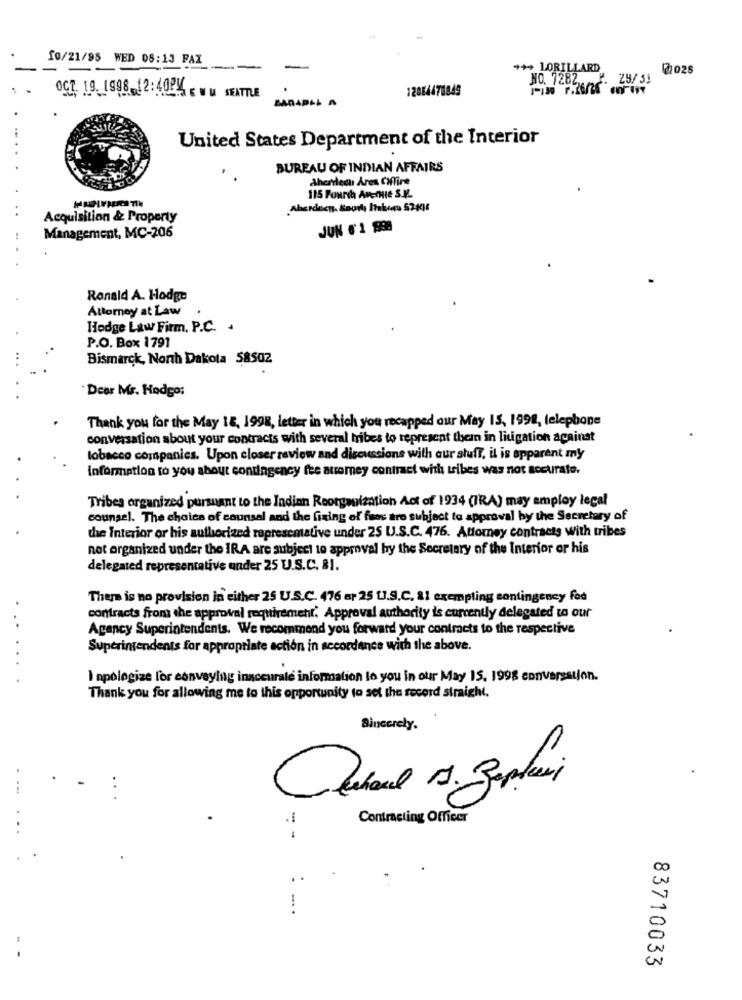
10/21/95 WED 08:13 FAX
++ LORILLARD
7 025
NO. 7282 ...
P. 29/51
12084471849
OCT. 19. 1998 12:40PM - WM SEATTLE
BARADLL A
United States Department of the Interior
BUREAU OF INDIAN AFFAIRS
Aherredh Ares Offire
115 Fourth Anenue S.K.
Acquisition & Property
JUN # 1 898
Management, MC-206
Ronald A. Hodge
Attomey at Law
Hodge Law Firm. P.C. .
P.O. Box 1791
Bismarck, North Dakota 58502
Dear Mr. Hodgo:
Thank you for the May 18, 1998, letter in which you recapped our May 15, 1998, telephone
conversation about your contracts with several tribes to represent thein in litigation against
tobacco companies. Upon closer review and discussions with aur stuff, il is apparent my
information to you about contingency fee atromey contract with tribes was not socurate.
Tribes organized pursuant to the Indian Reorganization Act of 1934 (IRA) may employ legal
counsel. The choice of counsel and the fixing of fres are subject to approval by the Secretary of
the Interior or his authorized represemative under 25 U.S.C. 476. Attorney contracts with tribes
not organized under the IRA are subject to approval hy the Secretary of the Interior or his
delegated representative under 25 U.S.C. 81.
There is no provision in either 25 U.S.C. 476 ar 25 [J.S.C. 81 exempting contingency fod
contracts from the approval requirement. Approval authority is currently delegated to our
. .
Agency Superintendents. We recommend you forward your contracts to the respective
Superintendents for appropriate action in accordance with the above.
I apologize for conveying inaccurate information to you in our May 15. 1998 conversation.
Thank you for allowing me to this opportunity to set the record straight.
Sincerely.
Contracting Officer
83710033